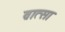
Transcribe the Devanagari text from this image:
व्रात्सा